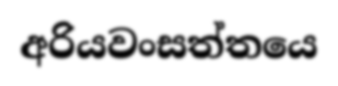
අරියවංසත්තයෙ